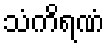
သံကိရဏံ